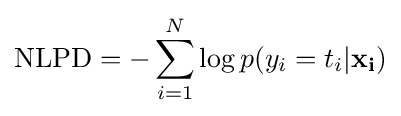
{\text{NLPD}}=-\sum _{i=1}^{N}\log p(y_{i}=t_{i}|\mathbf {x_{i}} )